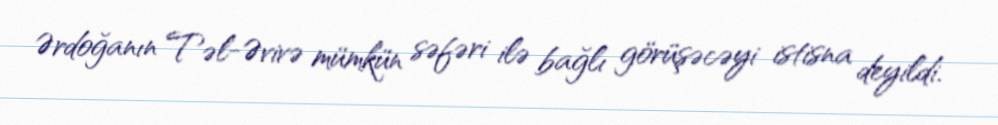
Ərdoğanın Təl-Əvivə mümkün səfəri ilə bağlı görüşəcəyi istisna deyildi.